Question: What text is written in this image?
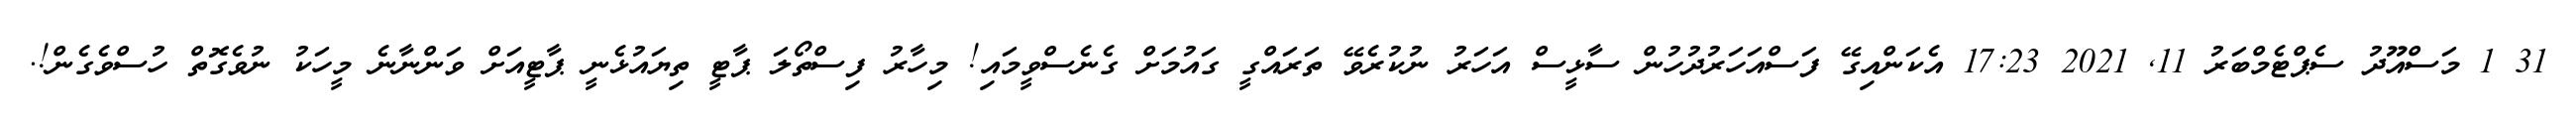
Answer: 31 1 މަސްއޫދު ސެޕްޓެމްބަރު 11, 2021 17:23 އެކަންއިގޭ ފަސްއަހަރުދުހުން ސާޅީސް އަހަރު ނުކުރެވޭ ތަރައްގީ ގައުމަށް ގެނެސްވީމައި! މިހާރު ފިސްތޯލަ ޕާޓީ ތިޔައުޅެނީ ޕާޓީއަށް ވަންނާނެ މީހަކު ނުވެގޮތް ހުސްވެގެން!.